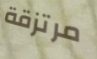
مرتزقة